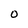
Character: O